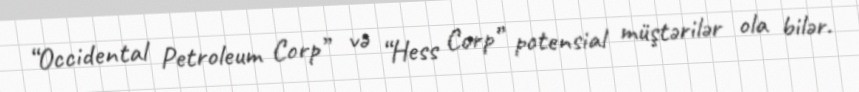
“Occidental Petroleum Corp” və “Hess Corp” potensial müştərilər ola bilər.